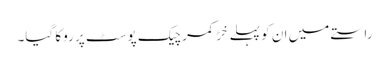
راستے میں ان کو پہلے خڑ کمر چیک پوسٹ پر روکا گیا۔